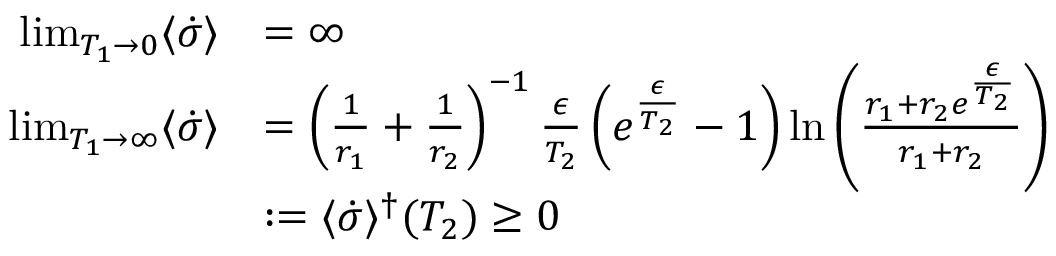
\begin{array} { r l } { \operatorname* { l i m } _ { T _ { 1 } \to 0 } \langle \dot { \sigma } \rangle } & { = \infty } \\ { \operatorname* { l i m } _ { T _ { 1 } \to \infty } \langle \dot { \sigma } \rangle } & { = \left( \frac { 1 } { r _ { 1 } } + \frac { 1 } { r _ { 2 } } \right) ^ { - 1 } \frac { \epsilon } { T _ { 2 } } \left( e ^ { \frac { \epsilon } { T _ { 2 } } } - 1 \right) \ln \left( \frac { r _ { 1 } + r _ { 2 } e ^ { \frac { \epsilon } { T _ { 2 } } } } { r _ { 1 } + r _ { 2 } } \right) } \\ & { : = \langle \dot { \sigma } \rangle ^ { \dagger } ( T _ { 2 } ) \geq 0 } \end{array}